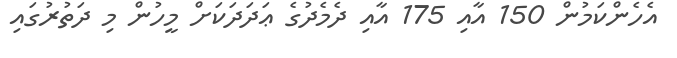
އެހެންކަމުން 150 އާއި 175 އާއި ދެމެދުގެ ޢަދަދަކަށް މީހުން މި ދަތުރުގައި